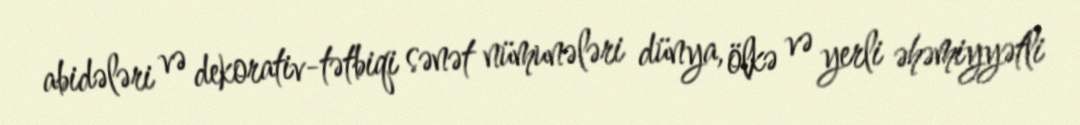
abidələri və dekorativ-tətbiqi sənət nümunələri dünya, ölkə və yerli əhəmiyyətli